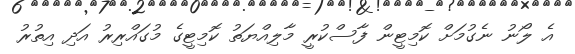
އެ ލޯނު ނެގުމަށް ކޮމިޓީން ފާސްކުރީ މާލިއްޔަތު ކޮމިޓީގެ މުގައްރިރު އަދި އިތުރު